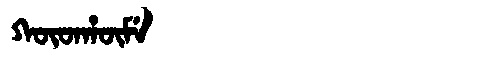
Manchu: ᡴᡡᡨᡥᡡᠮᡝ
Romanization: KŪTHŪME